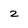
Character: z